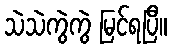
သဲသဲကွဲကွဲ မြင်ရပြီ။